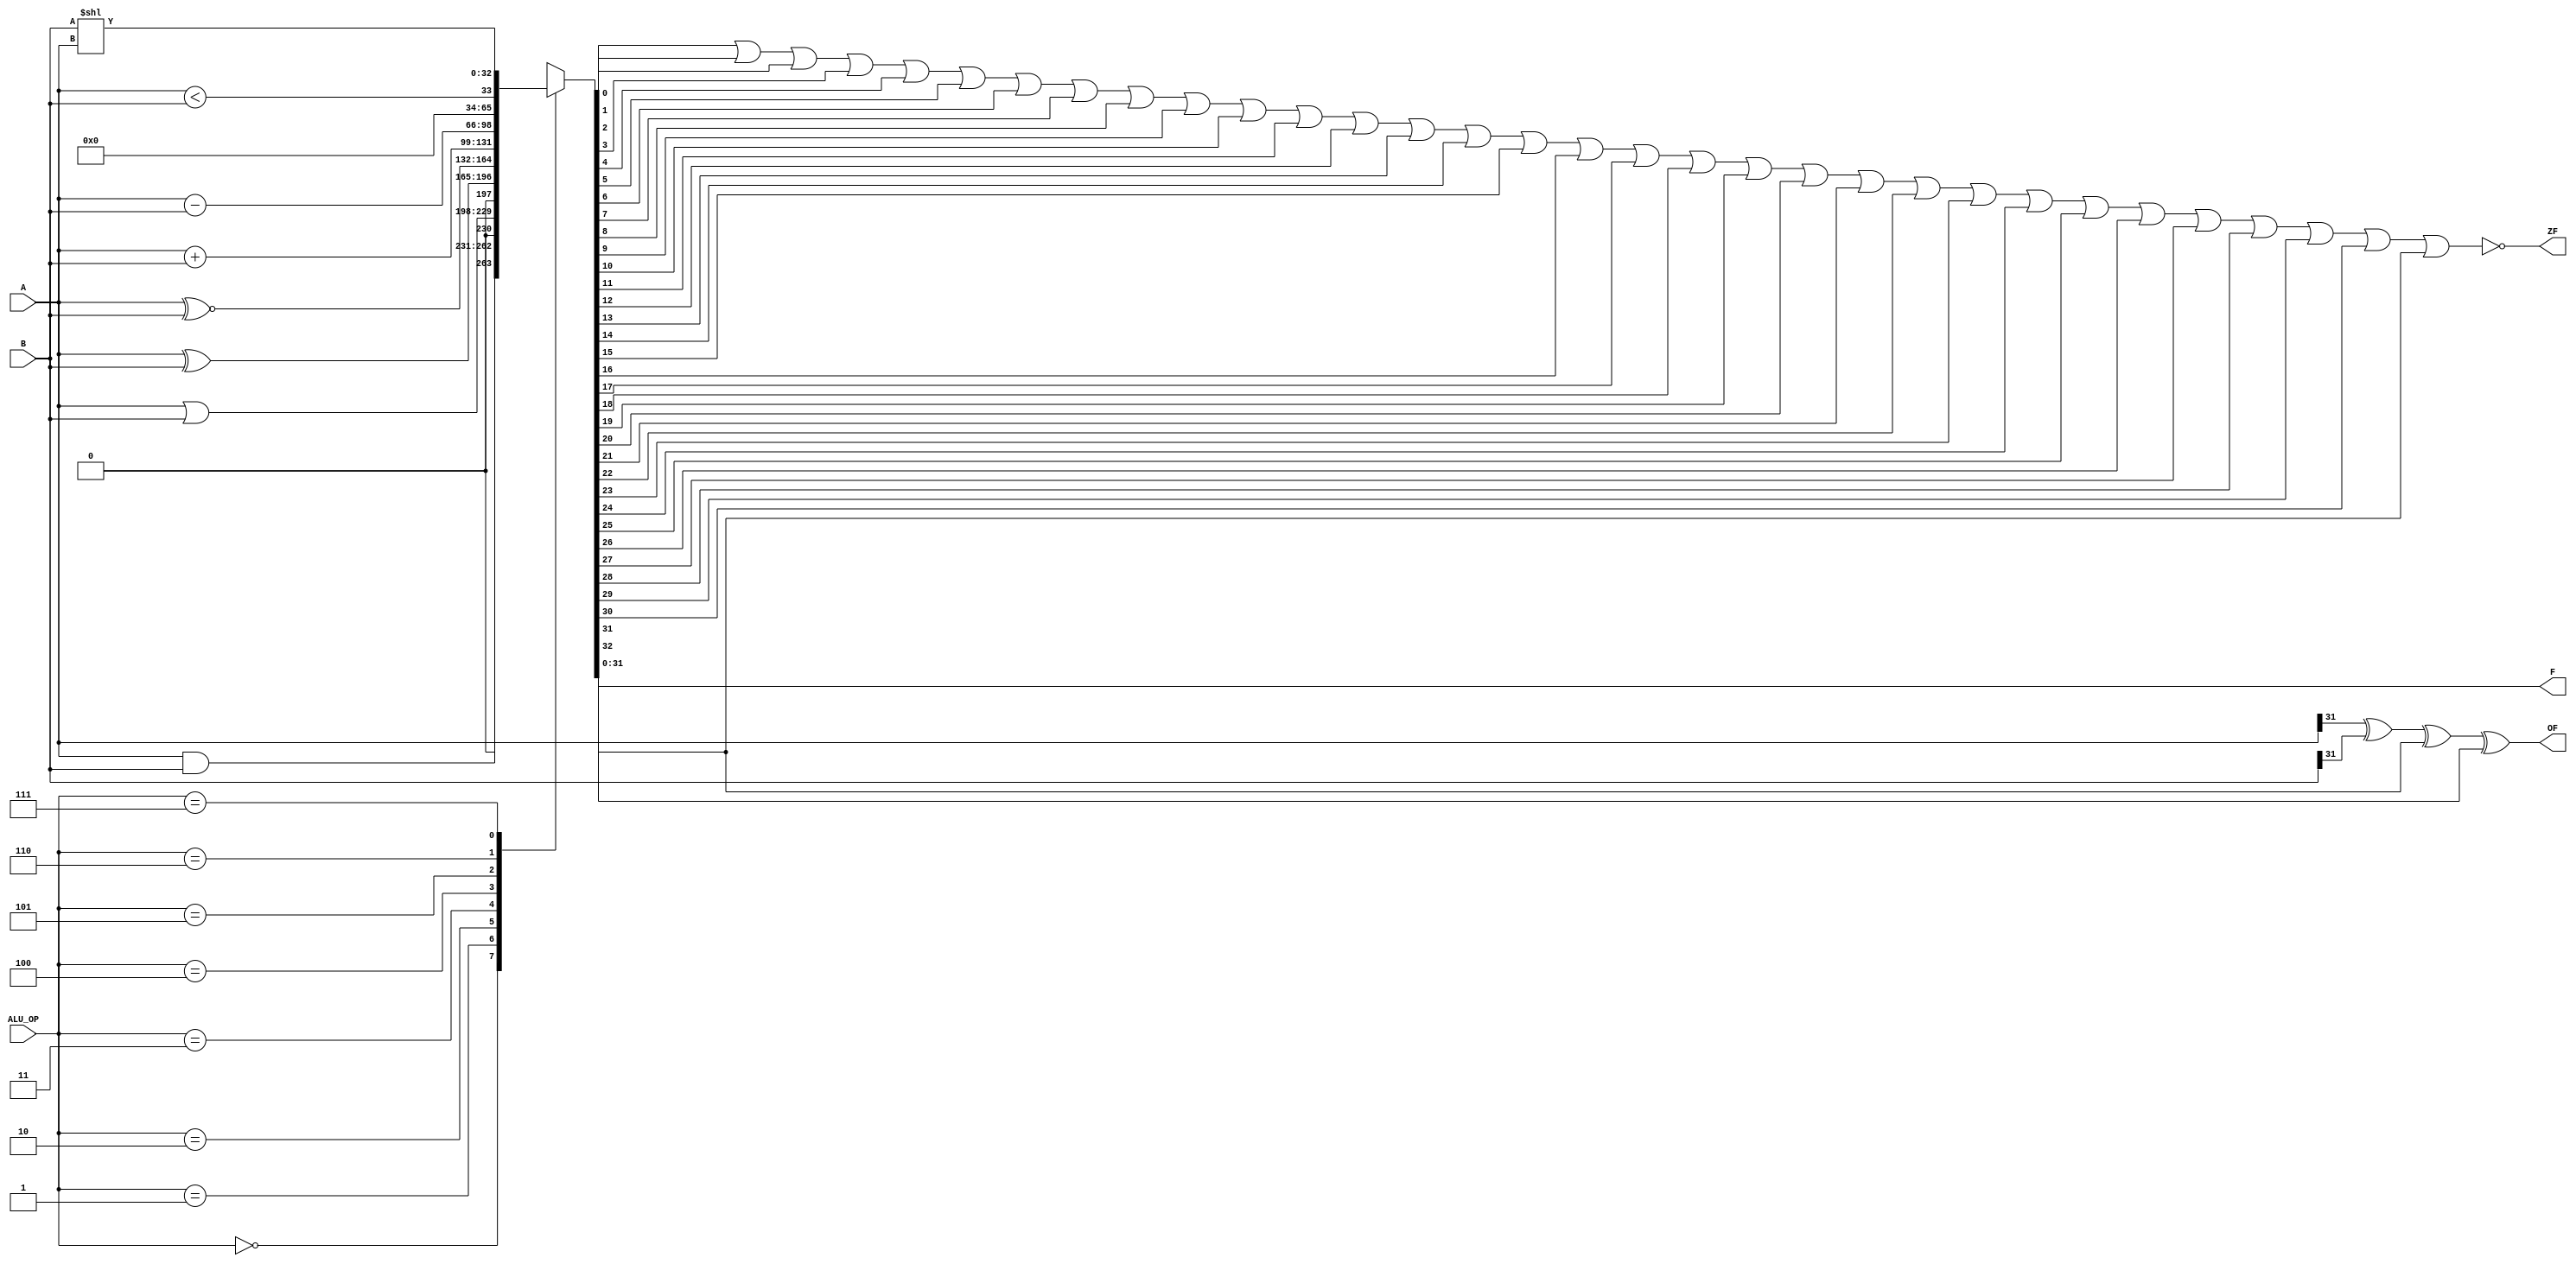
`timescale 1ns / 1ps
//////////////////////////////////////////////////////////////////////////////////
// Company: 
// Engineer: 
// 
// Design Name: 
// Module Name:    OP 
// Project Name: 
// Target Devices: 
// Tool versions: 
// Description: 
//
// Dependencies: 
//
// Revision: 
// Revision 0.01 - File Created
// Additional Comments: 
//
//////////////////////////////////////////////////////////////////////////////////
module OP(A,B,F,ZF,OF,ALU_OP);
input[31:0] A,B;
output[31:0] F;
input[2:0] ALU_OP;
output ZF,OF;
reg[31:0] F;
reg ZF,OF;
reg[5:0] i;
reg[32:0] CF;
reg C;

always@(ALU_OP or A or B)
begin
case(ALU_OP)
3'b000:begin CF=A&B; end
3'b001:begin CF=A|B; end
3'b010:begin CF=A^B; end
3'b011:begin CF=A~^B; end
3'b100:begin CF=A+B; end
3'b101:begin CF=A-B; end
3'b110:begin CF=(A<B); end
3'b111:begin CF=B<<A; end
endcase

F[31:0]=CF[31:0];
C=CF[32];
ZF=0;
for(i=0;i<32;i=i+1)
     ZF=ZF|F[i];
ZF=~ZF;
OF=A[31]^B[31]^F[31]^C;
end
endmodule